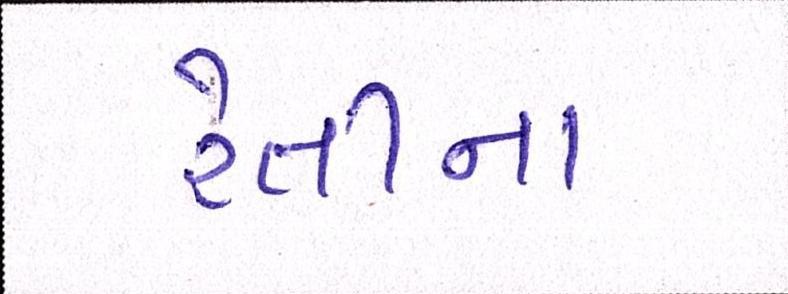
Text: રેતીના